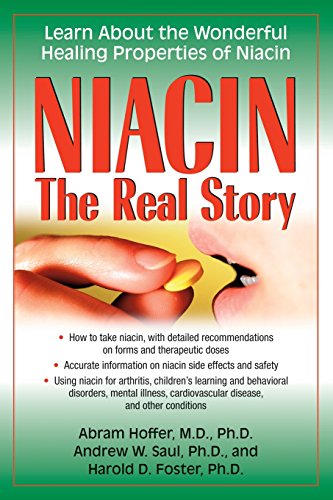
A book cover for Niacin: The Real Story: Learn about the Wonderful Healing Properties of Niacin; Abram Hoffer; Health, Fitness & Dieting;